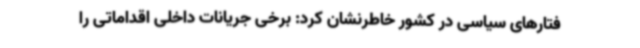
فتارهای سیاسی در کشور خاطرنشان کرد: برخی جریانات داخلی اقداماتی را